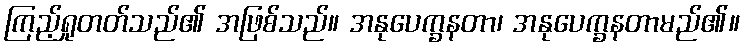
ကြည့်ရှုတတ်သည်၏ အဖြစ်သည်။ အနုပေက္ခနတာ၊ အနုပေက္ခနတာမည်၏။